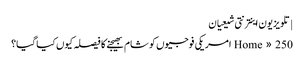
| تلویزیون اینترنتی شیعیان
Home » 250 امریکی فوجیوں کو شام بھیجنے کا فیصلہ کیوں کیا گیا؟